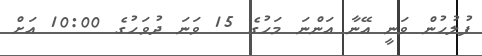
ފުލުހުން ވަނީ އޭނާ އަންނަ މަހުގެ 15 ވަނަ ދުވަހުގެ 10:00 އަށް